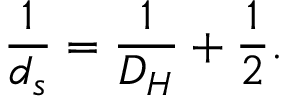
\frac { 1 } { d _ { s } } = \frac { 1 } { D _ { H } } + \frac { 1 } { 2 } .